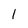
Character: l